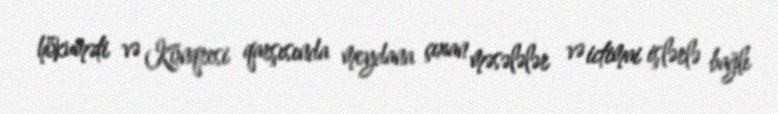
hökuməti və Konqresi qarşısında meydana çıxan məsələlər və ictimai işlərlə bağlı